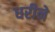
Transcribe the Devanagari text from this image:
धरीने